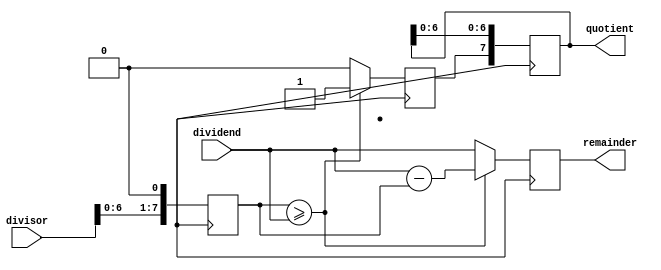
module shift_and_subtract_divider (
    input wire [7:0] dividend,
    input wire [7:0] divisor,
    output reg [7:0] quotient,
    output reg [7:0] remainder
);

reg [7:0] partial_quotient;
reg [7:0] shifted_divisor;

always @ (posedge clk) begin
    shifted_divisor <= divisor << 1;

    if (shifted_divisor >= dividend) begin
        partial_quotient <= 1;
        remainder <= dividend - shifted_divisor;
    end else begin
        partial_quotient <= 0;
        remainder <= dividend;
    end
    
    quotient <= {partial_quotient, quotient[6:0]};
end

endmodule